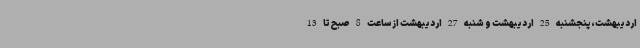
اردیبهشت،پنجشنبه 25 اردیبهشت و شنبه 27 اردیبهشت از ساعت 8 صبح تا 13